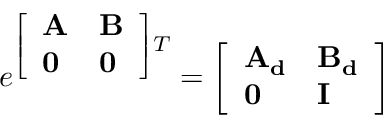
e ^ { { \left[ \begin{array} { l l } { \mathbf { A } } & { \mathbf { B } } \\ { \mathbf { 0 } } & { \mathbf { 0 } } \end{array} \right] } T } = { \left[ \begin{array} { l l } { \mathbf { A _ { d } } } & { \mathbf { B _ { d } } } \\ { \mathbf { 0 } } & { \mathbf { I } } \end{array} \right] }